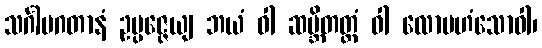
သင်္ဂါမဂတာနံ ဥပ္ပဇ္ဇေယျ ဘယံ ဝါ ဆမ္ဘိတတ္တံ ဝါ လောမဟံသောဝါ၊